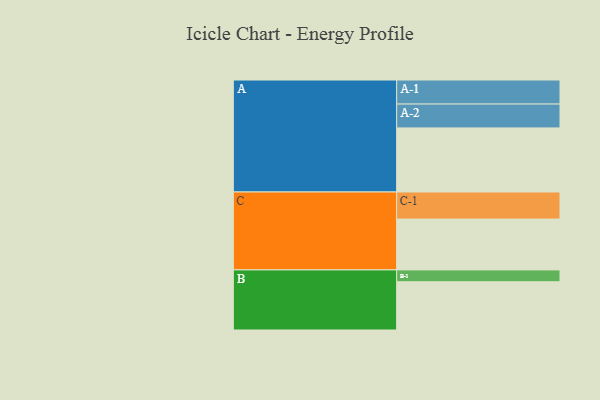
{"axis": {"x": "Segment", "y": "Value"}, "legend": ["", "A", "B", "C"], "data": [{"x": "A", "y": 594, "type": ""}, {"x": "B", "y": 447, "type": ""}, {"x": "C", "y": 471, "type": ""}, {"x": "A-1", "y": 223, "type": "A"}, {"x": "A-2", "y": 221, "type": "A"}, {"x": "B-1", "y": 110, "type": "B"}, {"x": "C-1", "y": 251, "type": "C"}]}